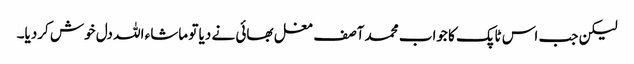
لیکن جب اس ٹاپک کا جواب محمد آصف مغل بھائی نے دیا تو ماشاء اللہ دل خوش کردیا۔